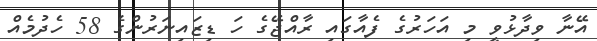
އޭނާ ވިދާޅުވީ މި އަހަރުގެ ފެއާގައި ރާއްޖޭގެ ހަ ޑިޒައިނަރުންގެ 58 ހެދުމެއް